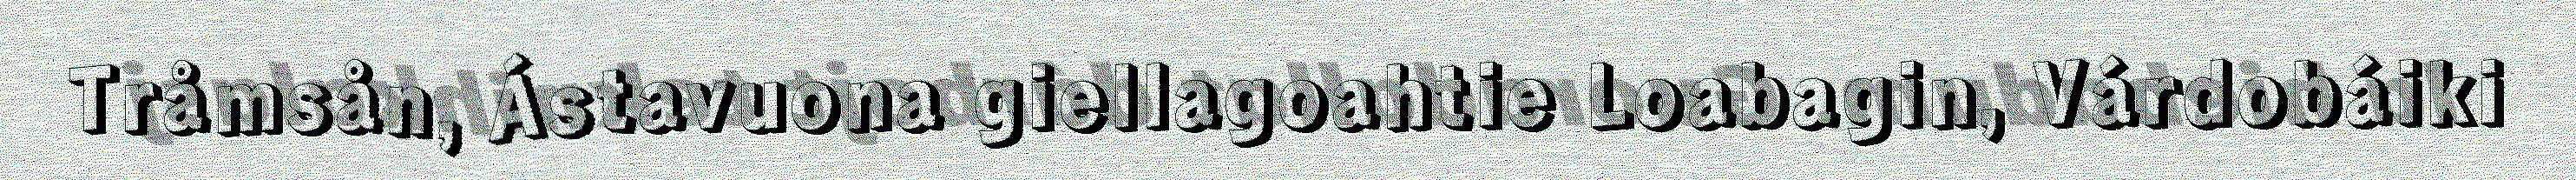
Tråmsån, Ástavuona giellagoahtie Loabagin, Várdobáiki